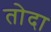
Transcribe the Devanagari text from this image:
तोदा